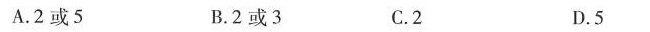
A. 2或5 B.2或3 C.2 D.5